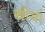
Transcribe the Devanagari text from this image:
स्रीयां